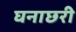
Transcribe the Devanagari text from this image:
घनाछरी